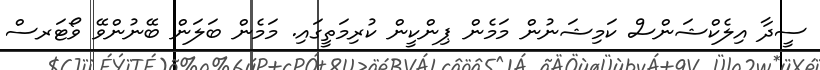
ސީދާ އިލެކްޝަންސް ކަމިޝަނުން މަމެން ޕިންކީން ކުރިމަތީގައި. މަމެން ބަލަން ބޭނުންވޭ ވޯޓަރސް